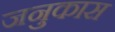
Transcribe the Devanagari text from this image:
जनुकास